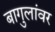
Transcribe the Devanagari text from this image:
बागुलांवर